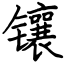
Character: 镶